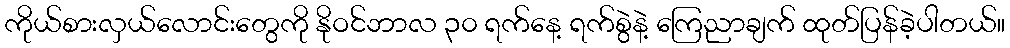
ကိုယ်စားလှယ်လောင်းတွေကို နိုဝင်ဘာလ ၃၀ ရက်နေ့ ရက်စွဲနဲ့ ကြေညာချက် ထုတ်ပြန်ခဲ့ပါတယ်။